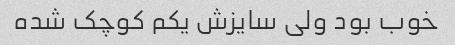
خوب بود ولی سایزش یکم کوچک شده